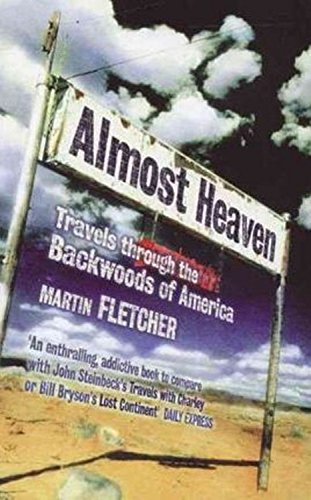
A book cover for Almost Heaven: Travels Through the Backwoods of America; Martin Fletcher; Politics & Social Sciences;